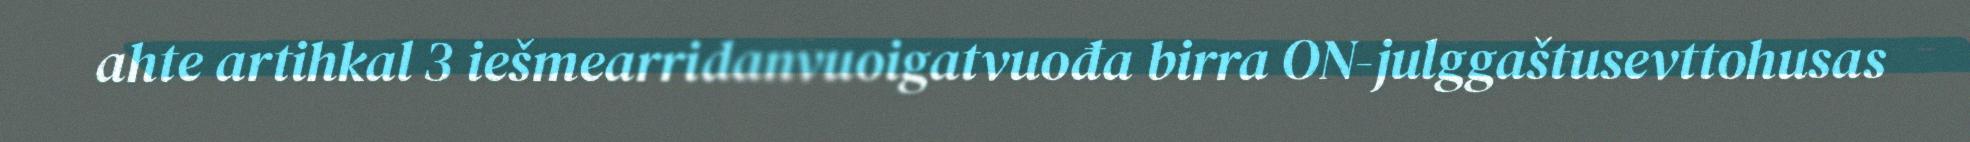
ahte artihkal 3 iešmearridanvuoigatvuođa birra ON-julggaštusevttohusas